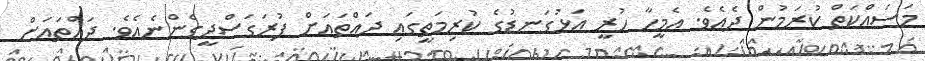
މަސައްކަތް ކުރަމުން ދެއެވެ. އެމީހާ ހުރީ އަޅުގަނޑުގެ ކުރިމަތީގައި ދައްތައަށް ފުރަގަސްދީގެންނެއެވެ. ދައްތައަށް